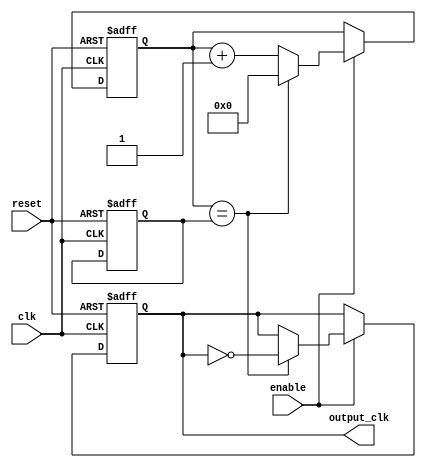
module FractionalClockDivider (
    input wire clk,
    input wire reset,
    input wire enable,
    output reg output_clk
);

reg [31:0] count;
reg [31:0] div_ratio;

always @(posedge clk or posedge reset) begin
    if (reset) begin
        count <= 0;
        div_ratio <= 0;
        output_clk <= 0;
    end else if (enable) begin
        if (count == div_ratio) begin
            output_clk <= ~output_clk;
            count <= 0;
        end else begin
            count <= count + 1;
        end
    end
end

endmodule